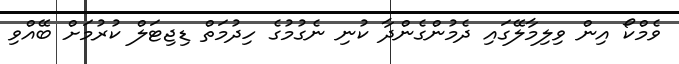
ވެމްކޯ އިން ވިލިމާލޭގައި ދެމުންގެންދާ ކުނި ނެގުމުގެ ހިދުމަތް ޑިޖިޓަލް ކުރުުމަށް ބޭއްވި